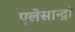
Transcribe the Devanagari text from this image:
एलेसान्द्रो